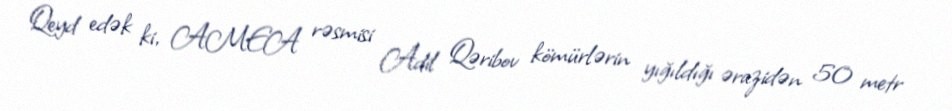
Qeyd edək ki, AMEA rəsmisi Adil Qəribov kömürlərin yığıldığı ərazidən 50 metr